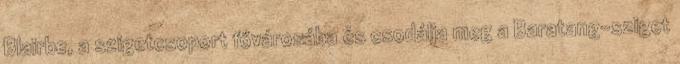
Blairbe, a szigetcsoport fővárosába és csodálja meg a Baratang-sziget